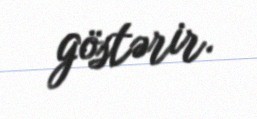
göstərir.